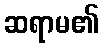
ဆရာမ၏